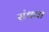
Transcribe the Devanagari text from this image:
संधवा